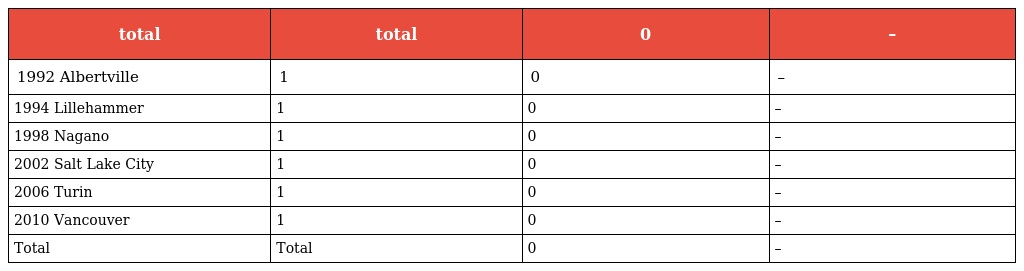
| total | total | 0 | – |
 | --- | --- | --- | --- |
 | 1992 Albertville | 1 | 0 | – |
 | 1994 Lillehammer | 1 | 0 | – |
 | 1998 Nagano | 1 | 0 | – |
 | 2002 Salt Lake City | 1 | 0 | – |
 | 2006 Turin | 1 | 0 | – |
 | 2010 Vancouver | 1 | 0 | – |
 | Total | Total | 0 | – |